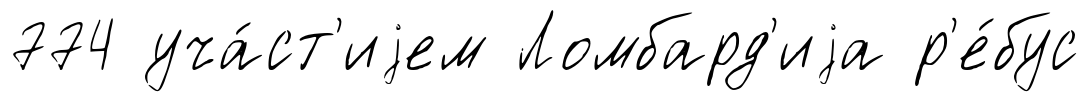
774 уча́ст'иjем Ломбард'иjа р'е́бус